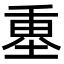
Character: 𡍴